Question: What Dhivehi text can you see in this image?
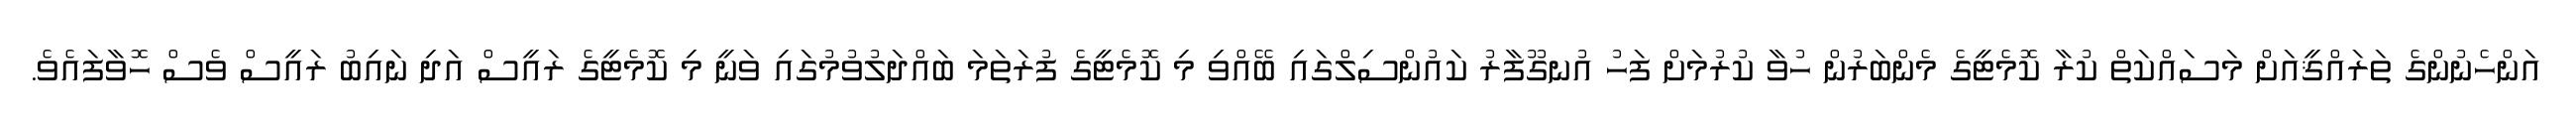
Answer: އަންހެނުންގެ ތަރައްޤީއަށް މަސައްކަތް ކުރާ ކޮމެޓީގެ މެންބަރުން ހުވާ ކުރުމަށް ފަހު އުނގޫފާރު ކައުންސިލްގައި ބޭއްވި މި ކޮމެޓީގެ ފުރަތަމަ ބައްދަލުވުމުގައި ވަނީ މި ކޮމެޓީގެ ރައީސް އަދި ނައިބު ރައީސް ވެސް ހޮވާފައެވެ.